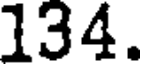
134.